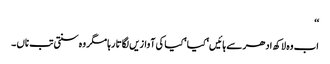
‘‘
اب وہ لاکھ ادھر سے ہائیں‘ کیا ‘ کیا کی آوازیں لگاتا رہا مگر وہ سنتی تب ناں ۔